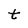
Character: t